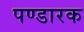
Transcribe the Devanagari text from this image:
पण्डारक